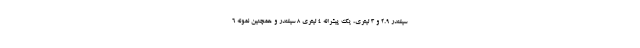
سیلندر 2.9 و 3 لیتری، یک پیشرانه 4 لیتری 8 سیلندر و همچنین نمونه 6